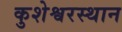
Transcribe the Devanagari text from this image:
कुशेश्वरस्थान